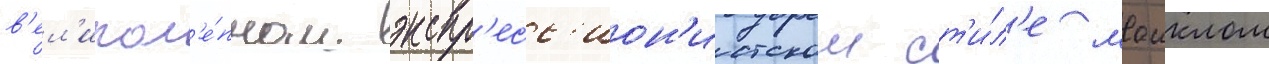
в'ел'икол'е́пном экспр'есс'ион'истском ст'и́л'е маиклом